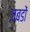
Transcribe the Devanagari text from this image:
जबडों